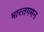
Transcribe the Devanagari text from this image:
भारतगमन